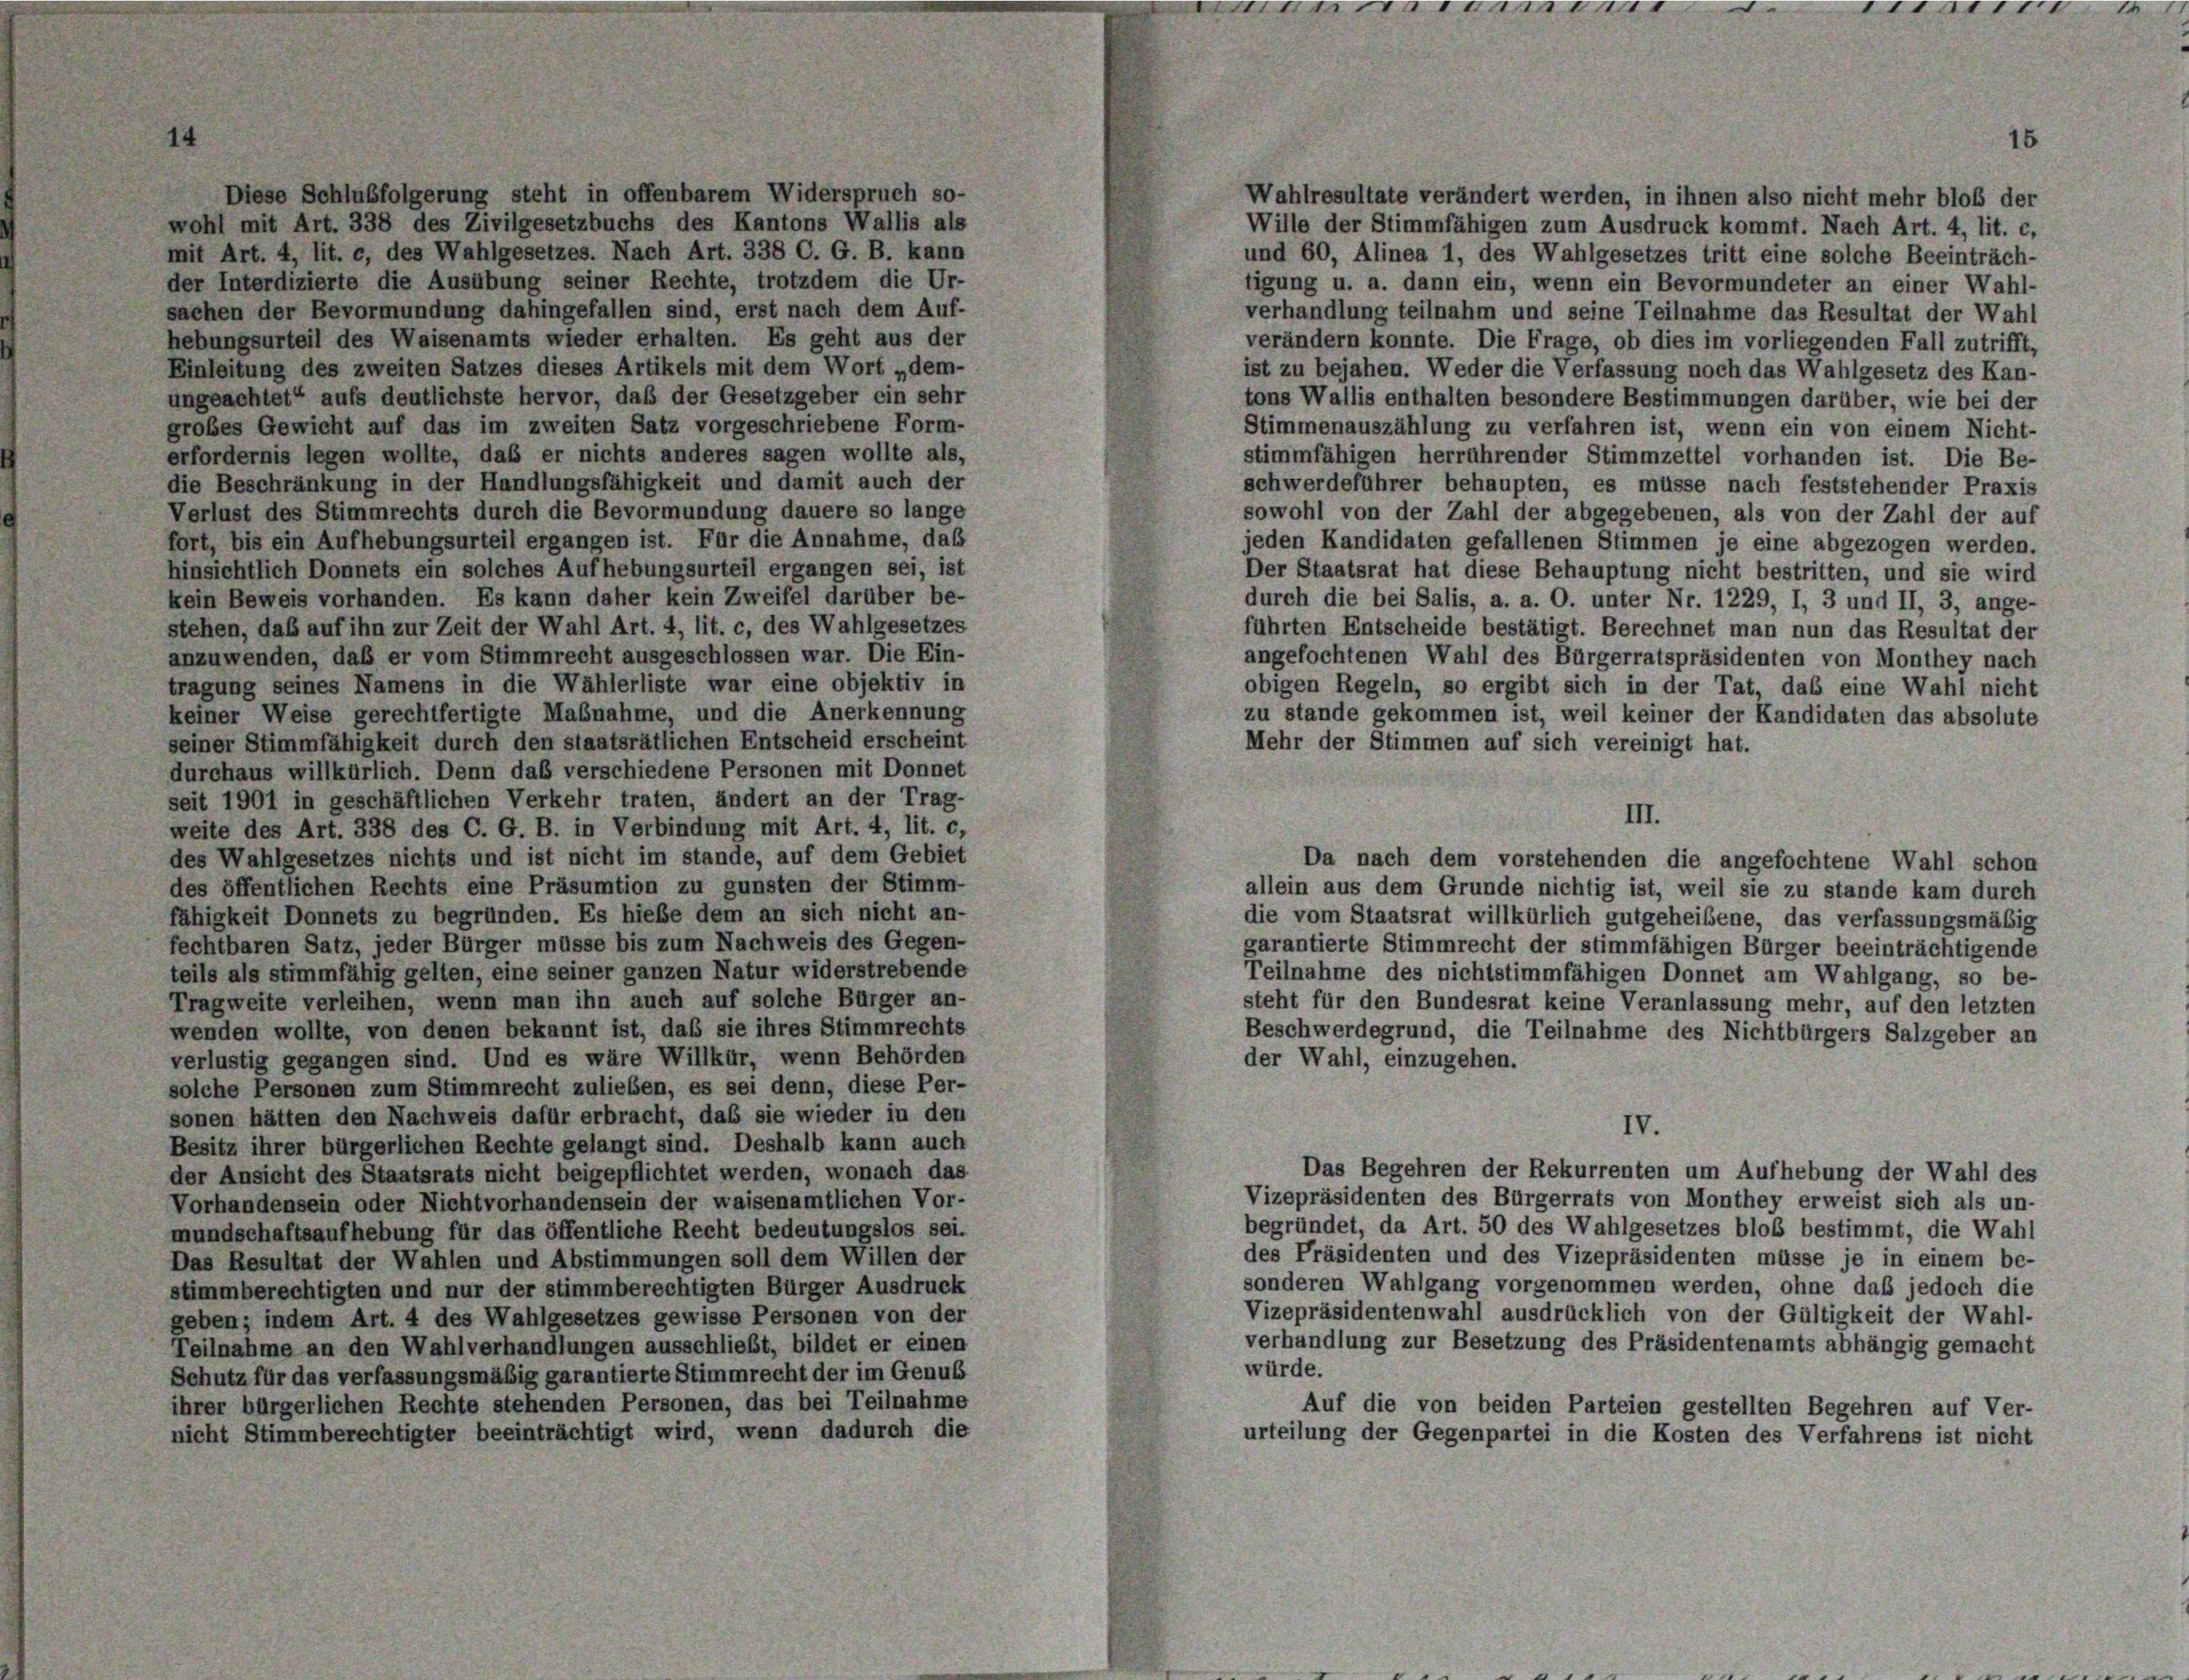
e

III.

11

Diese Schlußfolgerung steht in offenbarem Widerspruch so-
Wahlresultate verändert werden, in ihnen also nicht mehr bloß der
wohl mit Art. 338 des Zivilgesetzbuchs des Kantons Wallis als
Wille der Stimmfähigen zum Ausdruck kommt. Nach Art. 4, lit. c,
mit Art. 4, lit. c, des Wahlgesetzes. Nach Art. 338 C. G. B. kann
und 60, Alinea 1, des Wahlgesetzes tritt eine solche Beeinträch-
der Interdizierte die Ausübung seiner Rechte, trotzdem die Ur-
tigung u. a. dann ein, wenn ein Bevormundeter an einer Wahl-
sachen der Bevormundung dahingefallen sind, erst nach dem Auf-
verhandlung teilnahm und seine Teilnahme das Resultat der Wahl
hebungsurteil des Waisenamts wieder erhalten. Es geht aus der
verändern konnte. Die Frage, ob dies im vorliegenden Fall zutrifft,
Einleitung des zweiten Satzes dieses Artikels mit dem Wort „dem-
ist zu bejahen. Weder die Verfassung noch das Wahlgesetz des Kan-
ungeachtet aufs deutlichste hervor, daß der Gesetzgeber ein sehr
tons Wallis enthalten besondere Bestimmungen darüber, wie bei der
grobes Gewicht auf das im zweiten Satz vorgeschriebene Form-
Stimmenauszählung zu verfahren ist, wenn ein von einem Nicht-
erfordernis legen wollte, daß er nichts anderes sagen wollte als,
stimmfähigen herrührender Stimmzettel vorhanden ist. Die Be-
die Beschränkung in der Handlungsfähigkeit und damit auch der
schwerdeführer behaupten, es müsse nach feststehender Praxis
Verlust des Stimmrechts durch die Bevormundung dauere so lange
sowohl von der Zahl der abgegebenen, als von der Zahl der auf
fort, bis ein Aufhebungsurteil ergangen ist. Für die Annahme, daß
jeden Kandidaten gefallenen Stimmen je eine abgezogen werden.
hinsichtlich Donnets ein solches Aufhebungsurteil ergangen sei, ist
Der Staatsrat hat diese Behauptung nicht bestritten, und sie wird
kein Beweis vorhanden. Es kann daher kein Zweifel darüber be-
durch die bei Salis, a. a. O. unter Nr. 1229, I, 3 und II, 3, ange-
stehen, daß auf ihn zur Zeit der Wahl Art. 4, lit. c, des Wahlgesetzes
führten Entscheide bestätigt. Berechnet man nun das Resultat der
anzuwenden, daß er vom Stimmrecht ausgeschlossen war. Die Ein-
angefochtenen Wahl des Bürgerratspräsidenten von Monthey nach
tragung seines Namens in die Wählerliste war eine objektiv in
obigen Regeln, so ergibt sich in der Tat, das eine Wahl nicht
keiner Weise gerechtfertigte Maßnahme, und die Anerkennung
zu stande gekommen ist, weil keiner der Kandidaten das absolute
seiner Stimmfähigkeit durch den staatsrätlichen Entscheid erscheint
Mehr der Stimmen auf sich vereinigt hat.
durchaus willkürlich. Denn das verschiedene Personen mit Donnet
seit 1901 in geschäftlichen Verkehr traten, ändert an der Trag-
weite des Art. 338 des C. G. B. in Verbindung mit Art. 4, lit. c,
des Wahlgesetzes nichts und ist nicht im stande, auf dem Gebiet
Da nach dem vorstehenden die angefochtene Wahl schon
des öffentlichen Rechts eine Präsumtion zu gunsten der Stimm-
allein aus dem Grunde nichtig ist, weil sie zu stande kam durch
fähigkeit Donnets zu begründen. Es hiebe dem an sich nicht an-
die vom Staatsrat willkürlich gutgeheißene, das verfassungsmäßig
fechtbaren Satz, jeder Bürger müsse bis zum Nachweis des Gegen-
garantierte Stimmrecht der stimmfähigen Bürger beeinträchtigende
teils als stimmfähig gelten, eine seiner ganzen Natur widerstrebende
Teilnahme des nichtstimmfähigen Donnet am Wahlgang, so be-
Tragweite verleihen, wenn man ihn auch auf solche Bürger an-
steht für den Bundesrat keine Veranlassung mehr, auf den letzten
wenden wollte, von denen bekannt ist, daß sie ihres Stimmrechts
Beschwerdegrund, die Teilnahme des Nichtbürgers Salzgeber an
der Wahl, einzugehen.
verlustig gegangen sind. Und es wäre Willkür, wenn Behörden
solche Personen zum Stimmrecht zulieben, es sei denn, diese Per-
sonen hätten den Nachweis dafür erbracht, daß sie wieder in den
IV.
Besitz ihrer bürgerlichen Rechte gelangt sind. Deshalb kann auch
Das Begehren der Rekurrenten um Aufhebung der Wahl des
der Ansicht des Staatsrats nicht beigepflichtet werden, wonach das
Vizepräsidenten des Bürgerrats von Monthey erweist sich als un-
Vorhandensein oder Nichtvorhandensein der waisenamtlichen Vor-
begründet, da Art. 50 des Wahlgesetzes bloß bestimmt, die Wahl
mundschaftsaufhebung für das öffentliche Recht bedeutungslos sei.
des Präsidenten und des Vizepräsidenten müsse je in einem be-
Das Resultat der Wahlen und Abstimmungen soll dem Willen der
sonderen Wahlgang vorgenommen werden, ohne das jedoch die
stimmberechtigten und nur der stimmberechtigten Bürger Ausdruck
Vizepräsidentenwahl ausdrücklich von der Gültigkeit der Wahl-
geben; indem Art. 4 des Wahlgesetzes gewisse Personen von der
verhandlung zur Besetzung des Präsidentenamts abhängig gemacht
Teilnahme an den Wahlverhandlungen ausschließt, bildet er einen
würde.
Schutz für das verfassungsmäßig garantierte Stimmrecht der im Genus
ihrer bürgerlichen Rechte stehenden Personen, das bei Teilnahme
Auf die von beiden Parteien gestellten Begehren auf Ver-
nicht Stimmberechtigter beeinträchtigt wird, wenn dadurch die
urteilung der Gegenpartei in die Kosten des Verfahrens ist nicht